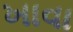
ખાવા